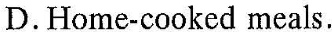
D.Home-cooked meals.